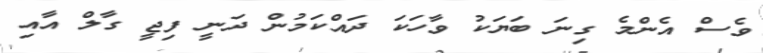
ވެސް އެންމެ ގިނަ ބަޔަކު ވާހަކަ ދައްކަމުން ދަނީ ފިޖީ ގާލް އާއި